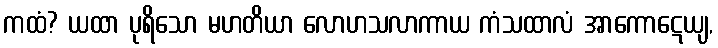
ကထံ? ယထာ ပုရိသော မဟတိယာ လောဟသလာကာယ ကံသထာလံ အာကောဋေယျ,